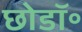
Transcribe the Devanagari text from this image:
छोडॉ॰